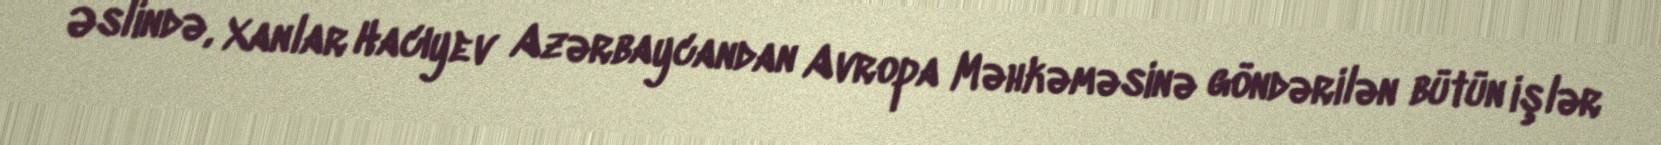
Əslində, Xanlar Hacıyev Azərbaycandan Avropa Məhkəməsinə göndərilən bütün işlər